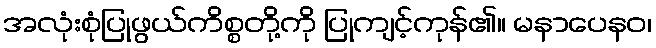
အလုံးစုံပြုဖွယ်ကိစ္စတို့ကို ပြုကျင့်ကုန်၏။ မနာပေနဝ၊